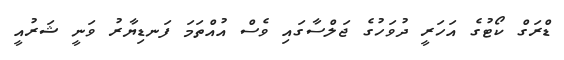
ޑްރަގް ކޯޓުގެ އަހަރީ ދުވަހުގެ ޖަލްސާގައި ވެސް އުއްތަމަ ފަނޑިޔާރު ވަނީ ޝަރުއީ